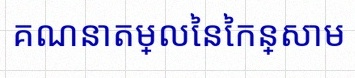
គណនាតម្លៃនៃកន្សោម